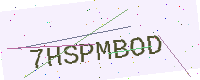
Text: 7HSPMBOD